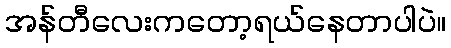
အန်တီလေးကတော့ရယ်နေတာပါပဲ။